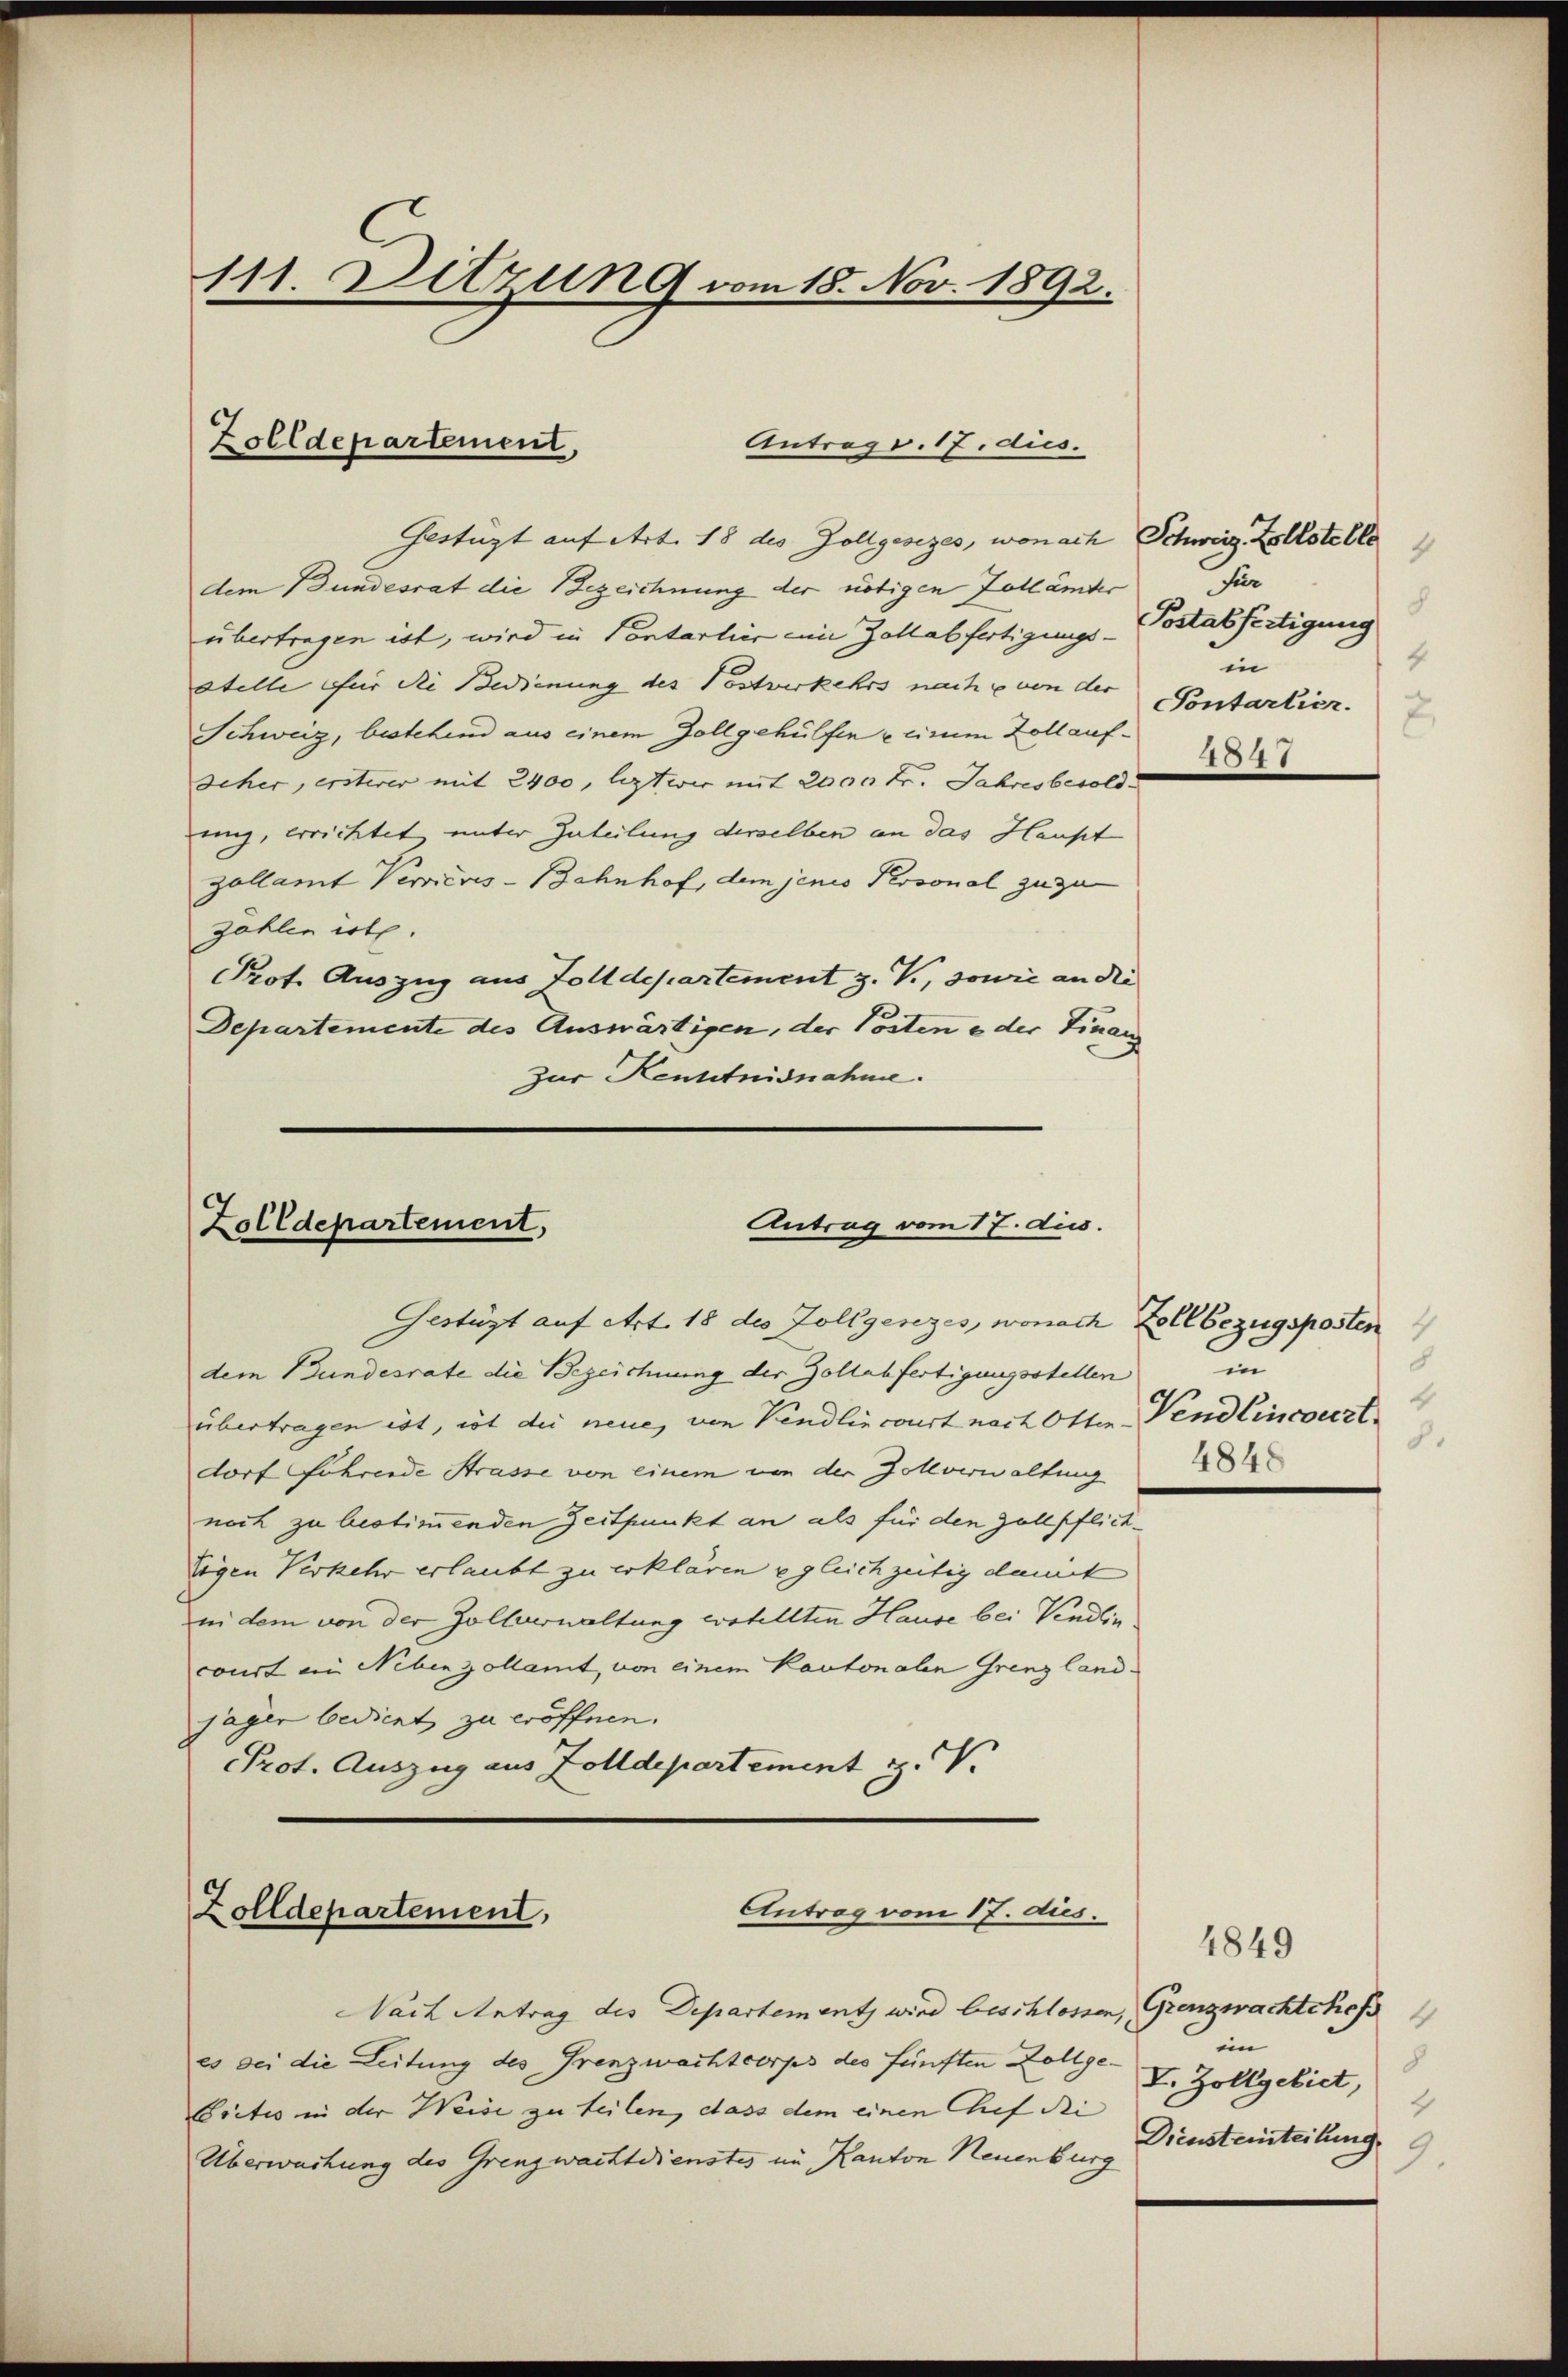
111 Ditzung vom 18. Nov. 1892.

Zolldepartement,
Antrags. 17.dis.

Gestüzt auf Art. 18 des Zollgesezes, wonach Schweiz, Zollstelle
dem Bundesrat die Bezeichnung der nötigen Zollämter
übertragen ist, wird in Contarlier ein Zollabfertigungs-
Stelle für die Bedienung des Postverkehrs nach u von der
Schweiz, bestehend aus einem Zollgehülfen e cinum Zoll auf¬
Scher, ersterer mit 2400, legt wir mit 2000 Fr. Jahresbesold
ung, errichtet unter Zuteilung derselben an das Haupt
zollamt Verrieres-Bahnhof, dem jenes Personal zuzu
Zahlen ist.
Prof. Auszug aus Zolldepartement z. V., sowie an die
Departemente des Auswärtigen, der Posten oder Finanz
zur Kenntnisnahme.

Antrag vom 17. ds.
Zolldepartement,

Antrag vom 17. dus.
Zolldepartement,

Gestüzt auf Art. 18 des Zollgenzes, wonach Zollbezugsposten
dem Bundesrate die Bezeichnung der Zollabfertigungsstellen
übertragen ist, not die neue, von Kindlincourt nach Otten Vendlincoezt.
dort Fuhrende Strasse von einem von der Zollverwaltung
noch zu bestimmenden Zeitpunkt an als für den Zollpflichtigen Verkehr erlaubt zu erklären egleichzeitig damit
in dem von der Zollverwaltung erstellten Hause bei Vendlic
court in Nebenzollamt, von einem Kantonalen Grenz landjäger bedient zu eröffnen.
Prot. Auszug aus Zolldepartement z. V.

Nach Antrag des Departement wird beschlossen, Grenzwachtchefs
es bei die Leitung des Grenzwachtcorps des fünften Zollge-
Critis in der Weise zu teilen, dass dem einen Chef di
Überwachung des Grenzwachtdienstes im Kanton Neuenburg

für
8
Postabfertigung
4
in
Pontartier.
2
2047

S
in
4
8.
4848

im
F. Zollgebiet,
4
Diensteinteilung.
9.

4849